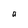
Character: a